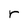
Character: r